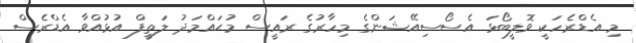
މި އެޑްރެހަކީ ވޮލީބޯޅަ އެސޯސިއޭޝަންގެ މިހާރުގެ ރައީސް މުޙައްމަދު ލަތީފް އުޅުއްވާ އެޑްރެސް